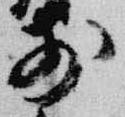
前